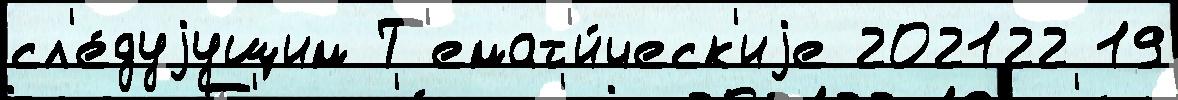
сл'е́дуjущим Т'емат'и́ческ'иjе 202122 19